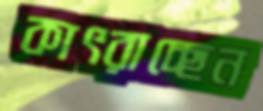
কাৎরাচ্ছেন